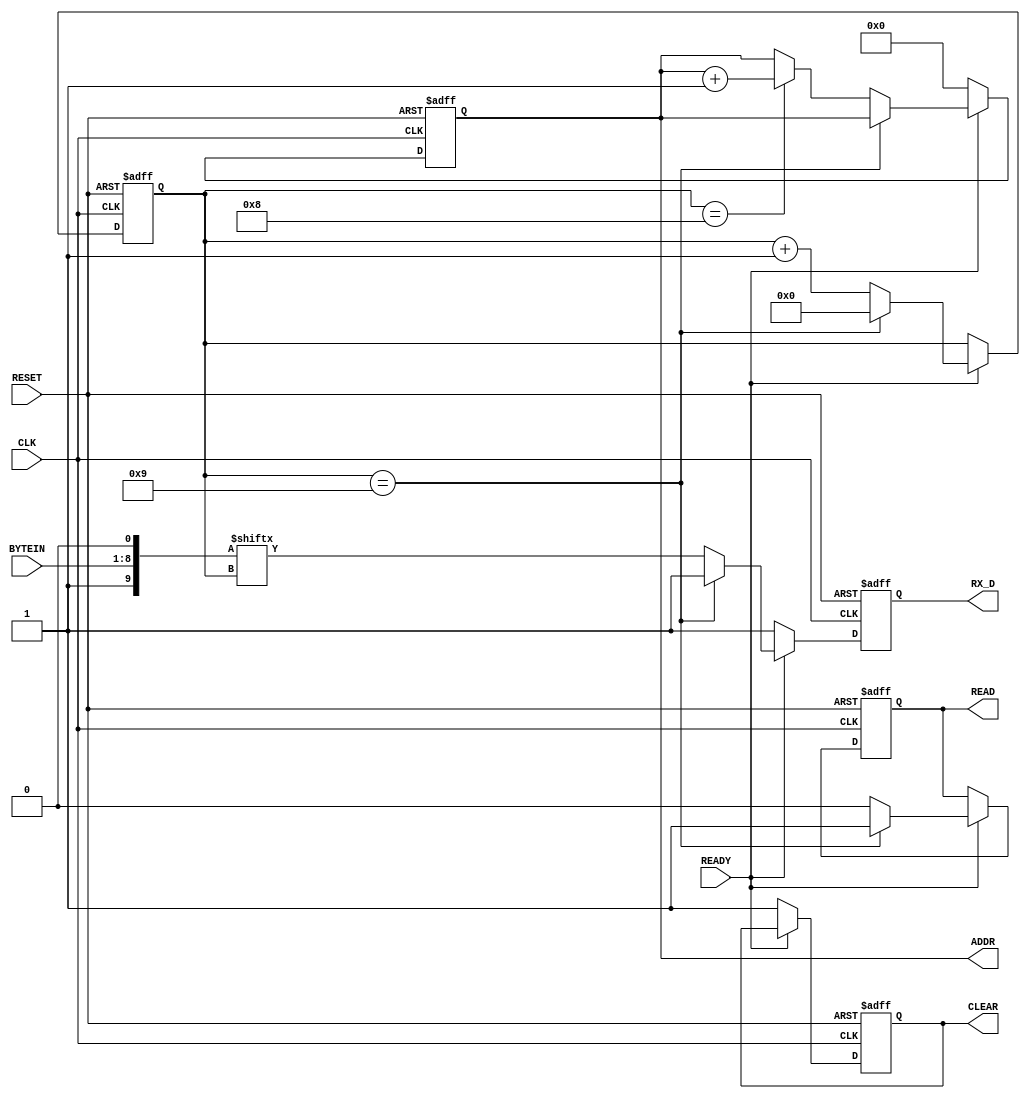
module SERIAL_OUT(CLK,BYTEIN,ADDR,READ,READY,CLEAR,RX_D,RESET);
input CLK,READY,RESET;
input [7:0]BYTEIN;
output reg RX_D,READ,CLEAR=1;
output reg [4:0]ADDR=0;

reg [9:0] data_out=0;
reg [6:0] count=0;

always@(posedge CLK or negedge RESET)
begin

	if(RESET==0)
		begin
		count=0;
		ADDR=0;
		CLEAR=1;
		READ=0;
		RX_D=1;
		end
	else
		begin
		if(READY==1)
			begin
			data_out[0]=0;
			data_out[1]=BYTEIN[0];
			data_out[2]=BYTEIN[1];
			data_out[3]=BYTEIN[2];
			data_out[4]=BYTEIN[3];
			data_out[5]=BYTEIN[4];
			data_out[6]=BYTEIN[5];
			data_out[7]=BYTEIN[6];
			data_out[8]=BYTEIN[7];
			data_out[9]=1;
			
			if(count==9)
				begin
				READ=1;
				count=0;
				RX_D=1;
				end
			else if(count==8)
				begin
				RX_D=data_out[count];
				count=count+1;
				READ=0;
				ADDR=ADDR+1;
				if(ADDR==32)
					begin
						ADDR=0;
						CLEAR=0;
					end
				end
			else
				begin
				RX_D=data_out[count];
				count=count+1;
				READ=0;
				end
			end
		else
			begin
			CLEAR=1;
			ADDR=0;
			RX_D=1;
			end
		end

end

endmodule